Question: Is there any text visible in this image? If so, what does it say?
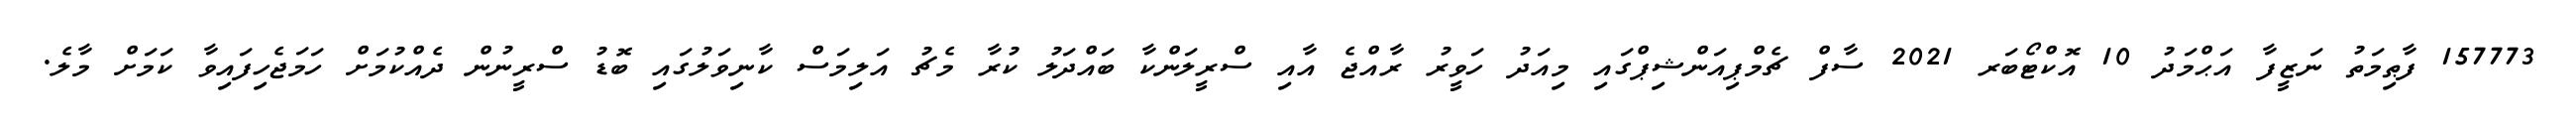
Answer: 157773 ފާޠިމަތު ނަޒީފާ އަޙްމަދު 10 އޮކްޓޯބަރ 2021 ސާފް ޗެމްޕިއަންޝިޕްގައި މިއަދު ހަވީރު ރާއްޖެ އާއި ސްރީލަންކާ ބައްދަލު ކުރާ މެޗު އަލިމަސް ކާނިވަލުގައި ބޮޑު ސްރީނުން ދެއްކުމަށް ހަމަޖެހިފައިވާ ކަމަށް މާލެ.